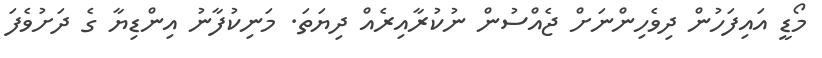
މޯޑީ އައިފަހުން ދިވެހިންނަށް ޖެއްސުން ނުކުރާއިރެއް ދިޔަތަ. މަނިކުފާނު އިންޑިޔާ ގެ ދަށުވެފަ